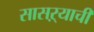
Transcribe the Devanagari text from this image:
सासऱ्याची